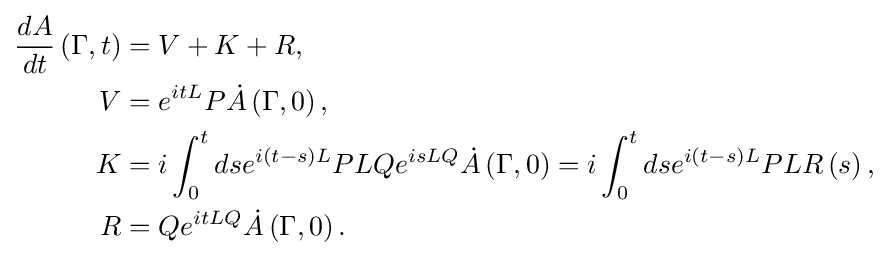
{\begin{aligned}{\frac {dA}{dt}}\left(\Gamma ,t\right)&=V+K+R,\\V&=e^{itL}P{\dot {A}}\left(\Gamma ,0\right),\\K&=i\int _{0}^{t}dse^{i\left(t-s\right)L}PLQe^{isLQ}{\dot {A}}\left(\Gamma ,0\right)=i\int _{0}^{t}dse^{i\left(t-s\right)L}PLR\left(s\right),\\R&=Qe^{itLQ}{\dot {A}}\left(\Gamma ,0\right).\end{aligned}}